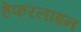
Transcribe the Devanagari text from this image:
हेफरलाइन